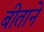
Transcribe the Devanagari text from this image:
बीताने